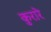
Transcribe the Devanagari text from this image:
कुरारे